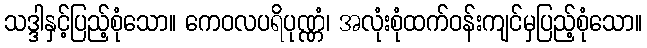
သဒ္ဒါနှင့်ပြည့်စုံသော။ ကေဝလပရိပုဏ္ဏံ၊ အလုံးစုံထက်ဝန်းကျင်မှပြည့်စုံသော။